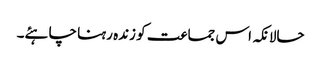
حالانکہ اس جماعت کو زندہ رہنا چاہئے۔